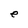
Character: e